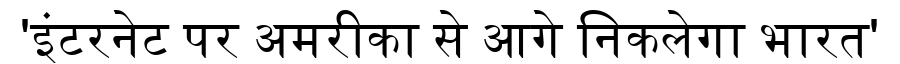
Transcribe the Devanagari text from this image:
'इंटरनेट पर अमरीका से आगे निकलेगा भारत'